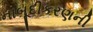
નાબૂદીકરણની